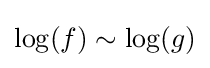
\log(f)\sim \log(g)